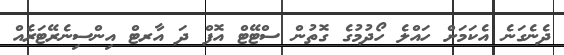
ދެނެގަނެ އެކަމަށް ހައްލެ ހޯދުމުގެ ގޮތުން ސްޓޭޓް އޮފް ދަ އާރޓް އިންސިނެރޭޓަރެއް